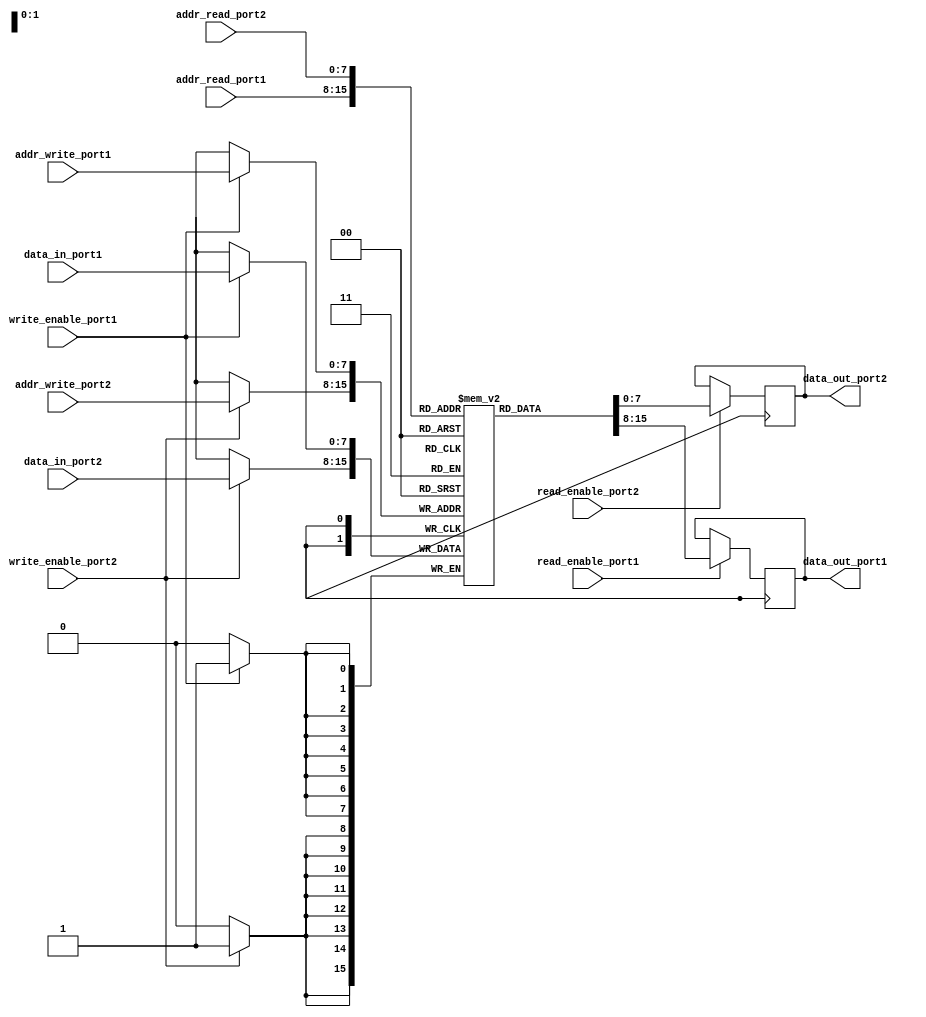
module dual_port_ram (
  input wire [7:0] addr_read_port1,
  input wire [7:0] addr_read_port2,
  input wire [7:0] addr_write_port1,
  input wire [7:0] addr_write_port2,
  input wire [7:0] data_in_port1,
  input wire [7:0] data_in_port2,
  input wire write_enable_port1,
  input wire write_enable_port2,
  input wire read_enable_port1,
  input wire read_enable_port2,
  output reg [7:0] data_out_port1,
  output reg [7:0] data_out_port2
);
  
reg [7:0] memory [0:255];

always @ (posedge clock) begin
  if (write_enable_port1)
    memory[addr_write_port1] <= data_in_port1;
  
  if (write_enable_port2)
    memory[addr_write_port2] <= data_in_port2;
  
  if (read_enable_port1)
    data_out_port1 <= memory[addr_read_port1];
  
  if (read_enable_port2)
    data_out_port2 <= memory[addr_read_port2];
end
endmodule